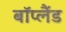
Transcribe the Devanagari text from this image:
बॉप्लैंड